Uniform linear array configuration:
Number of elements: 8
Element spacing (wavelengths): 0.25
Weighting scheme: cosine
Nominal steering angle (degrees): -15
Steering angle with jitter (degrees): -13.323
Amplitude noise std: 0.05
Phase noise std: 0.05

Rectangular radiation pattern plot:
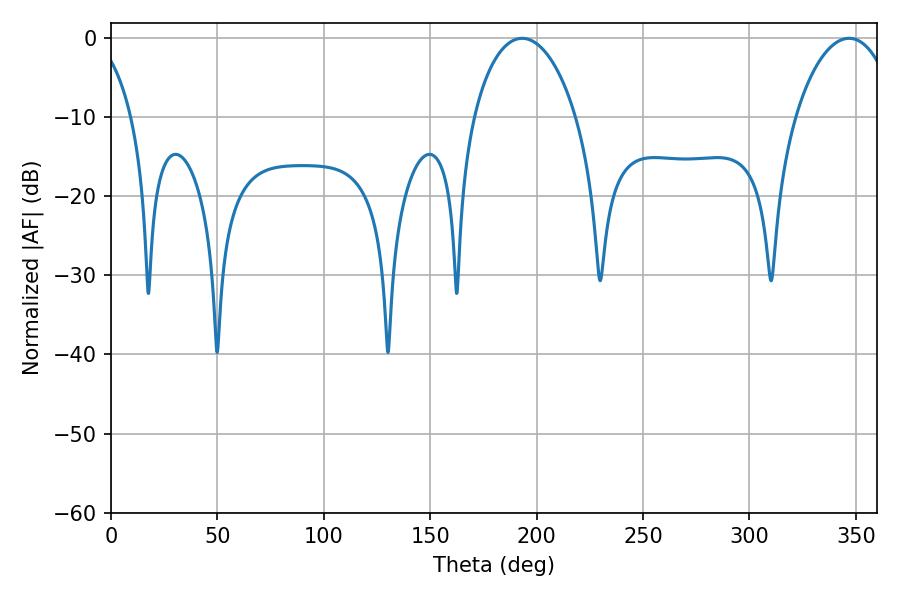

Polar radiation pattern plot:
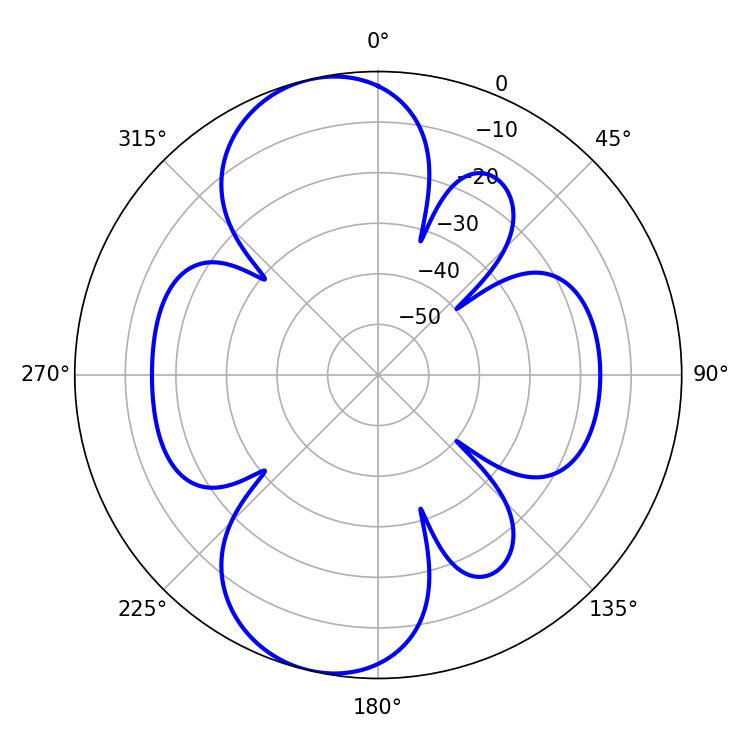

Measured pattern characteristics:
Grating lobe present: FALSE
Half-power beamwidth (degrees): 27.54
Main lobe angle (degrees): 193.14